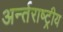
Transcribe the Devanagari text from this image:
अर्न्‍तराष्‍ट्रीय